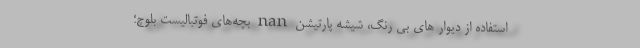
استفاده از دیوار های بی رنگ، شیشه پارتیشن nan بچه‌های فوتباليست بلوچ؛